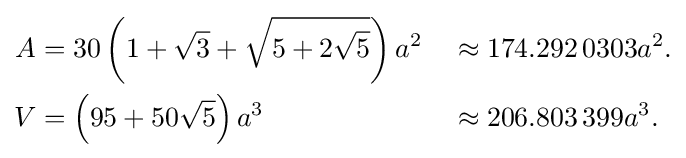
{\begin{aligned}A&=30\left(1+{\sqrt {3}}+{\sqrt {5+2{\sqrt {5}}}}\right)a^{2}&&\approx 174.292\,0303a^{2}.\\V&=\left(95+50{\sqrt {5}}\right)a^{3}&&\approx 206.803\,399a^{3}.\end{aligned}}